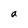
Character: a